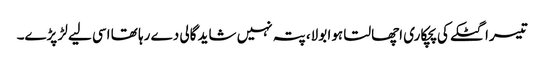
تیسرا گٹکے کی پچکاری اچھالتا ہوا بولا، پتہ نہیں شاید گالی دے رہا تھا اسی لیے لڑ پڑے۔